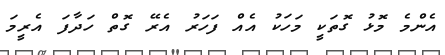
އެންމެ މޮޅު ގޮތަކީ މަހަކު އެއް ފަހަރު އެރޭ ގޮތް ހަދާފަ އެރީމަ